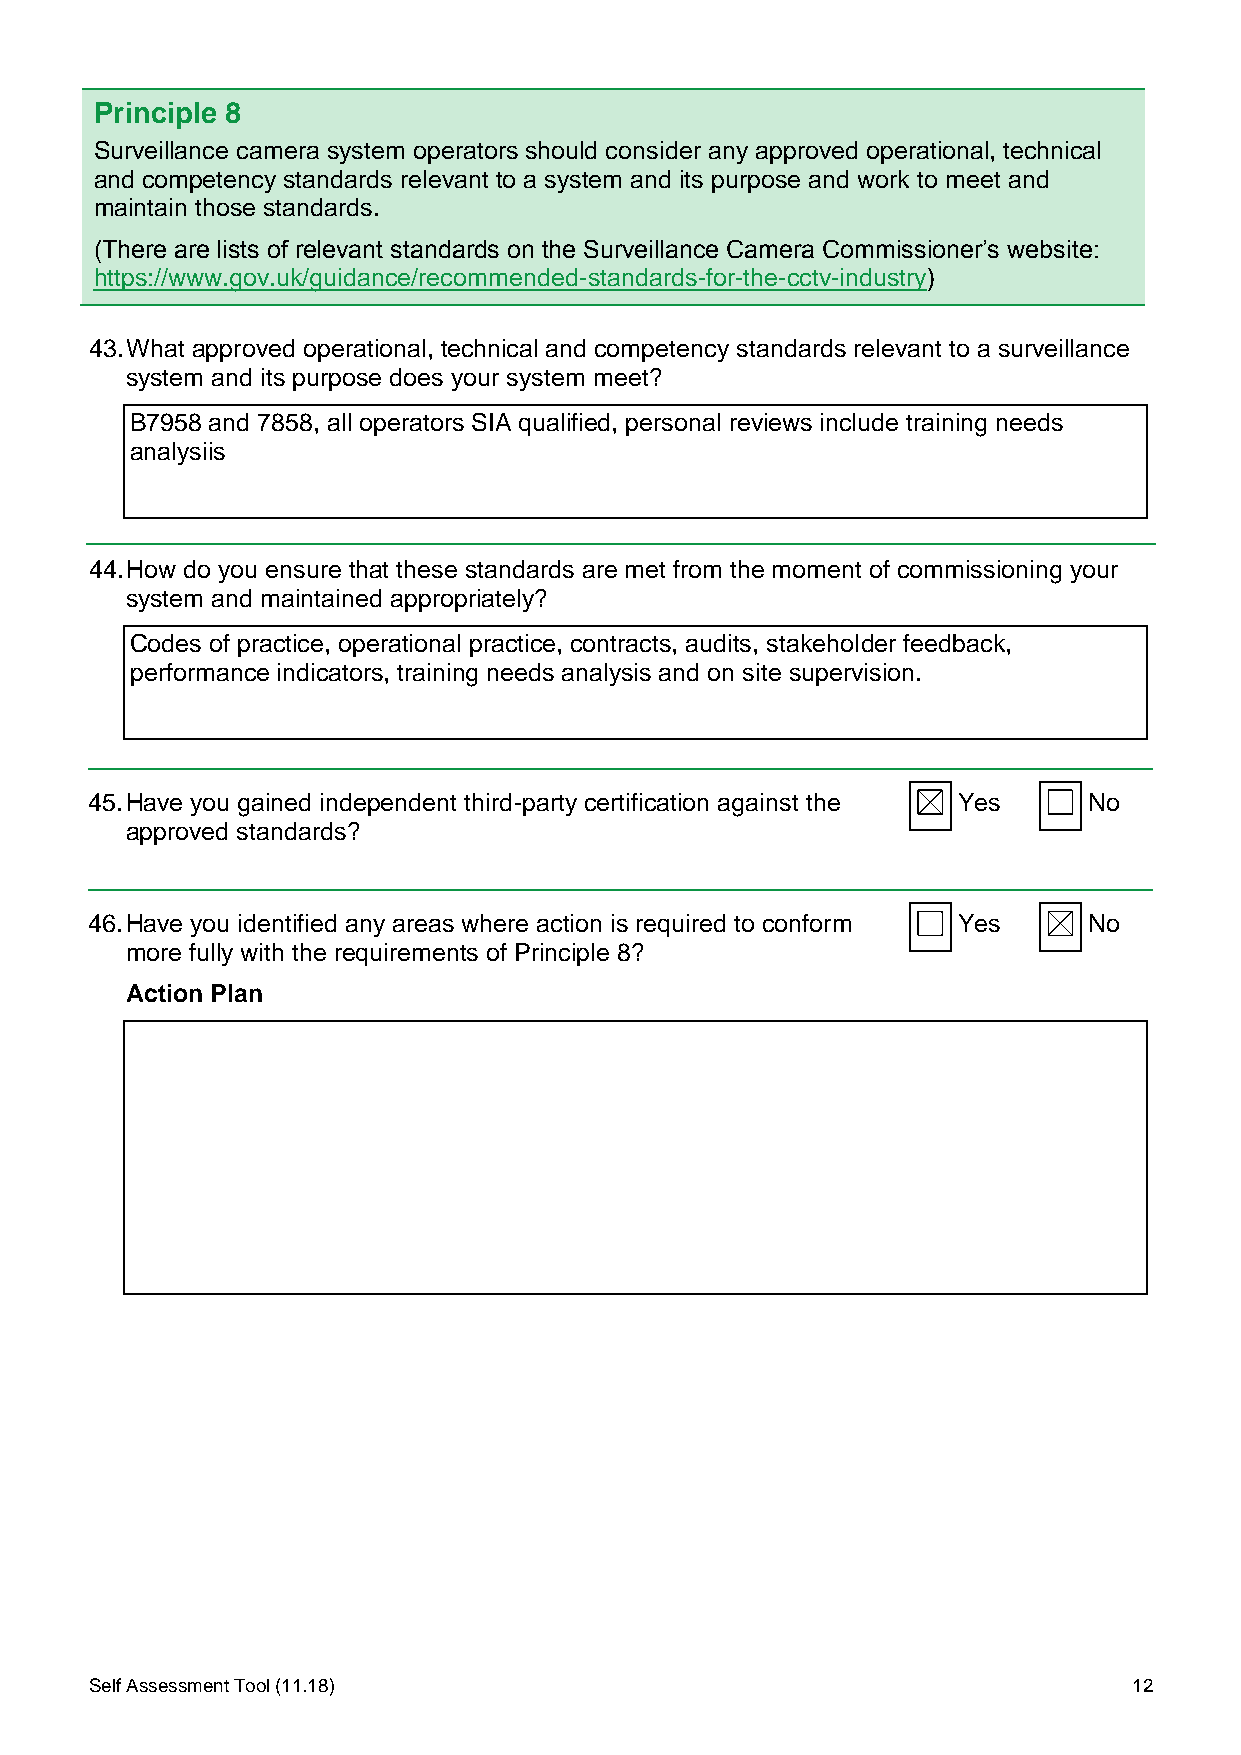
Principle 8
 Surveillance camera system operators should consider any approved operational, technical
 and competency standards relevant to a system and its purpose and work to meet and
 maintain those standards.
 (There are lists of relevant standards on the Surveillance Camera Commissioner’s website:
 https://www.gov.uk/guidance/recommended-standards-for-the-cctv-industry)
 43. What approved operational, technical and competency standards relevant to a surveillance
 system and its purpose does your system meet?
 B7958 and 7858, all operators SIA qualified, personal reviews include training needs
 analysiis
 44. How do you ensure that these standards are met from the moment of commissioning your
 system and maintained appropriately?
 Codes of practice, operational practice, contracts, audits, stakeholder feedback,
 performance indicators, training needs analysis and on site supervision.
 45. Have you gained independent third-party certification against the Yes No
 approved standards?
 46. Have you identified any areas where action is required to conform Yes No
 more fully with the requirements of Principle 8?
 Action Plan
 Self Assessment Tool (11.18)                                         12